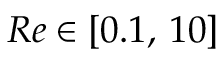
R e \in [ 0 . 1 , \, 1 0 ]